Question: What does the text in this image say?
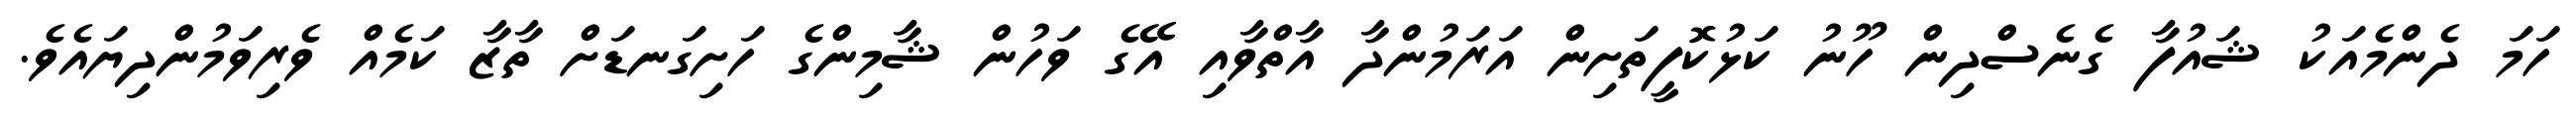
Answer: ހަމަ ދެންމެއަކު ޝައުފާ ގެނެސްދިން ހޫނު ކަޅުކޮފީތަށިން އަރަމުންދާ އާތްވާއި އޭގެ ވަހުން ޝާމިންގެ ހަށިގަނޑަށް ތާޒާ ކަމެއް ވެރިވަމުންދިޔައެވެ.